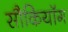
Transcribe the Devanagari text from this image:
सौकियॉग